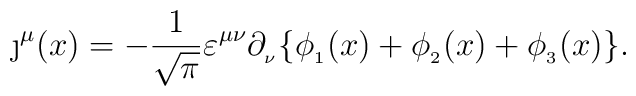
\j^\mu(x) = -\frac{1}{\sqrt{\pi}} \varepsilon^{\mu\nu} \partial_{_\nu} \{\phi_{_1}(x) + \phi_{_2}(x) + \phi_{_3}(x)\}.